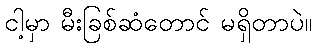
ငါ့မှာ မီးခြစ်ဆံတောင် မရှိတာပဲ။